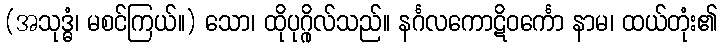
(အသုဒ္ဓံ၊ မစင်ကြယ်။) သော၊ ထိုပုဂ္ဂိုလ်သည်။ နင်္ဂလကောဋိဝင်္ကော နာမ၊ ထယ်တုံး၏